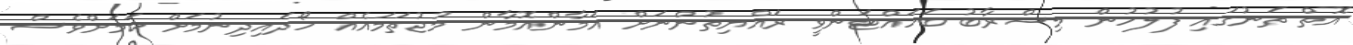
އޮތް ތަނުގައި ފުލުހުން މިސްރާބު ބަހައްޓަންވީ ރައްޔިތުންނަށް އަމާންއޮމާން މުޖުތަމައެއް ހޯދައިދިނުމަށް ކަމަށްވެސް